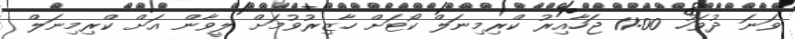
ވަނަ ދުވަހު 11:00 ޖަހާއިރު ކްރިމިނަލް ކޯޓަށް ހާޒިރުވުމަށް ލީވާން އަށް ކްރިމިނަލް